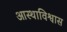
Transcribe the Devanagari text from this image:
आस्थाविश्वास